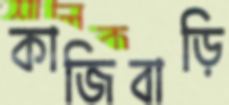
কাজিবাড়ি